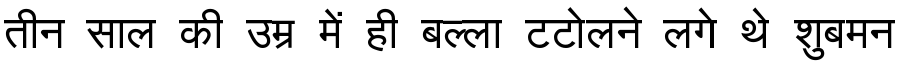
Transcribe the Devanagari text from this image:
तीन साल की उम्र में ही बल्ला टटोलने लगे थे शुबमन